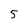
Character: 5